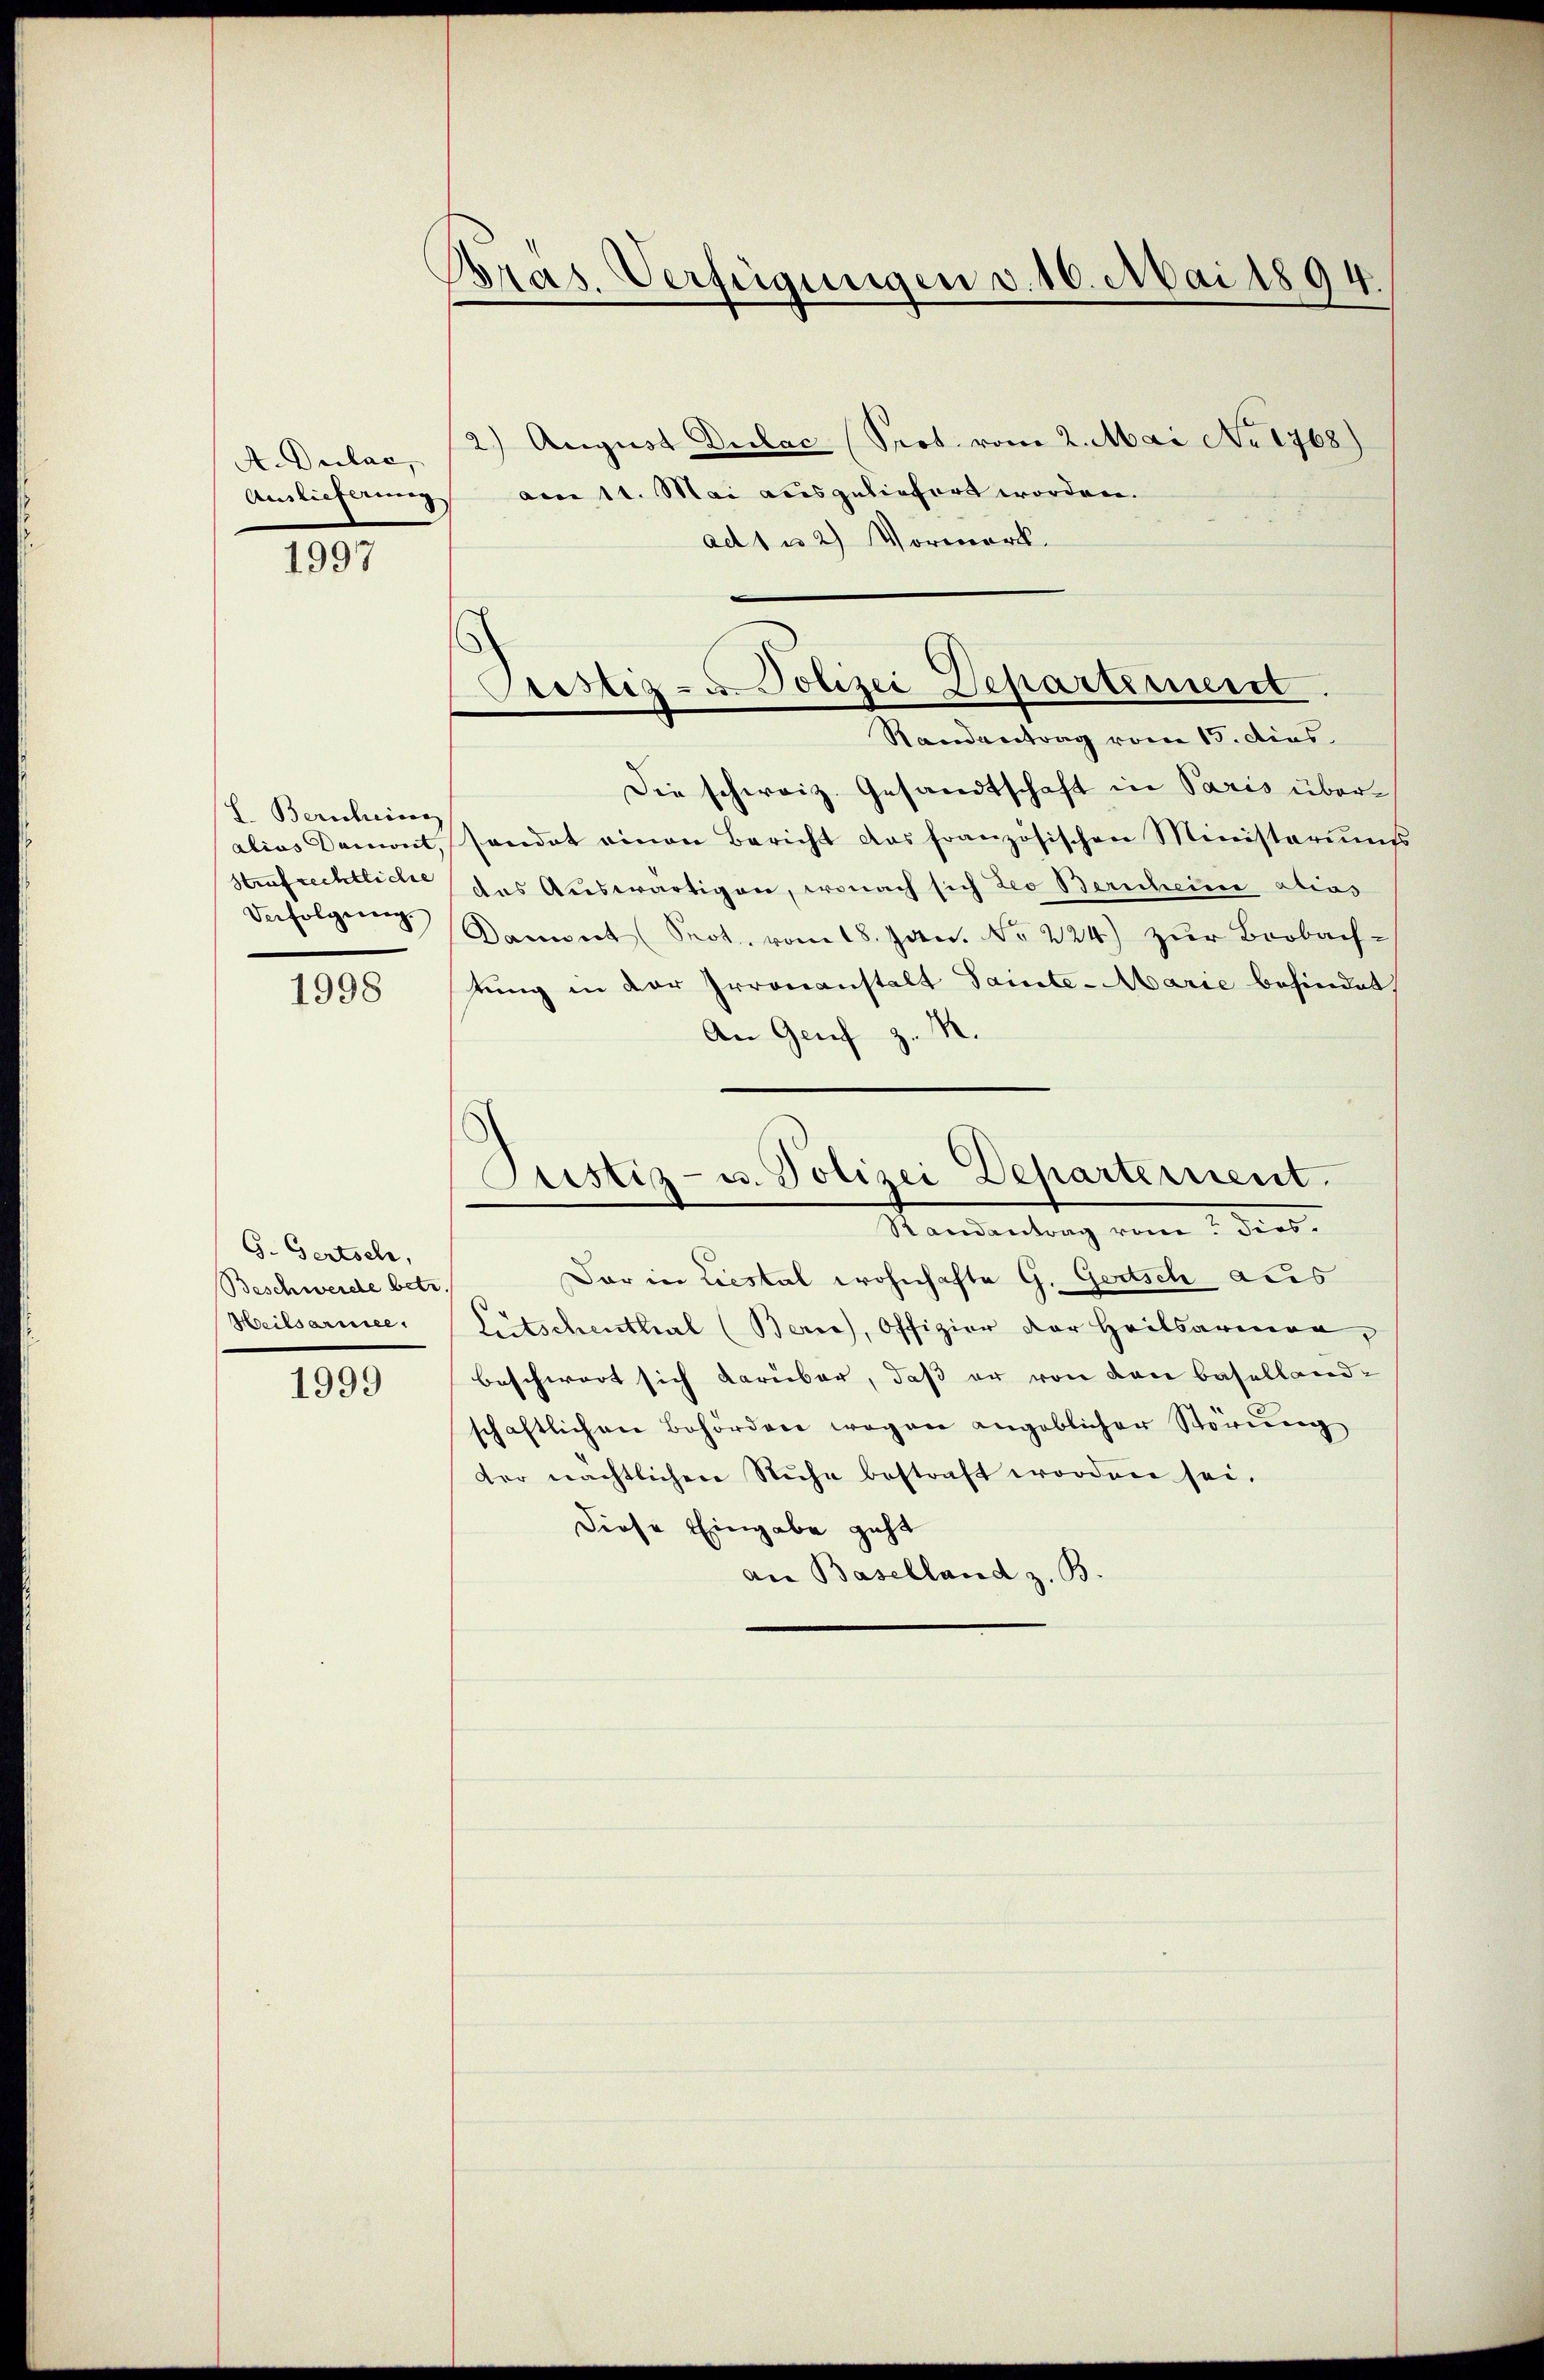
A.Dulac,
Auslieferung

1997

L. Berichreiben
alias Damit.
Strafrechtliche
Verfolgung.

1998

G. Gertsch,
Beschwerde betr.
Heilsarmee,

1999

Bras. Verfügungen v. 16. Mai 1894.

2.) August Dulac (Sept. vom 2. Mai No 1768)
am 11. Mai ausgeliefert worden.
ad 1 u 2) Vormerk.
Die schweiz. Gesandtschaft in Paris übersendet einen Bericht das französischen Ministeriumss
das Auswärtigen, wonach sich des Bericheine alias
Dament (Prot. vom 18. Jan. No 224) zur Beobachtung in der Irrenanstalt Samte - Marie befindet,
An Genf z. M
Justiz- u. Polizei Departerrent.
Mamantrag vom 1. des
Dar in Liestal wohnhafte G. Gertsch aus
Litschenthal (Berne), Offizier der Heilsarmen,
beschwert sich darüber, daß er von den Basellandschaftlichen Behördere wegen angeblicher Störŭng
der nächtlichen Ruhe bestraft worden sei.
Diese Eingabe geht
an Baselland z. B.

Cristiz- u. Polizei Departement
Randantrag vom 15. dies